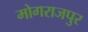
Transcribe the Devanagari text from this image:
मोगराजपुर